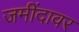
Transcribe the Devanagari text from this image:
जमींदावर